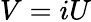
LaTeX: V=iU